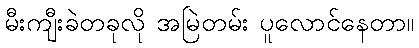
မီးကျီးခဲတခုလို အမြဲတမ်း ပူလောင်နေတာ။